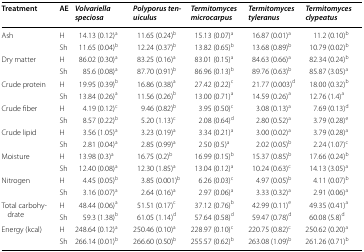
<table><thead><tr><td><b>Treatment</b></td><td><b>AE</b></td><td><b><i>Volvariella speciosa</i></b></td><td><b><i>Polyporus tenuiculus</i></b></td><td><b><i>Termitomyces microcarpus</i></b></td><td><b><i>Termitomyces tyleranus</i></b></td><td><b><i>Termitomyces clypeatus</i></b></td></tr></thead><tbody><tr><td rowspan="2">Ash</td><td>H</td><td>14.13 (0.12)<sup>a</sup></td><td>11.65 (0.24)<sup>b</sup></td><td>15.13 (0.07)<sup>a</sup></td><td>16.87 (0.01)<sup>a</sup></td><td>11.2 (0.10)<sup>b</sup></td></tr><tr><td>Sh</td><td>11.65 (0.04)<sup>b</sup></td><td>12.24 (0.37)<sup>b</sup></td><td>13.82 (0.65)<sup>b</sup></td><td>13.68 (0.89)<sup>b</sup></td><td>10.79 (0.02)<sup>b</sup></td></tr><tr><td rowspan="2">Dry matter</td><td>H</td><td>86.02 (0.30)<sup>a</sup></td><td>83.25 (0.16)<sup>a</sup></td><td>83.01 (0.15)<sup>a</sup></td><td>84.63 (0.66)<sup>a</sup></td><td>82.34 (0.24)<sup>b</sup></td></tr><tr><td>Sh</td><td>85.6 (0.08)<sup>a</sup></td><td>87.70 (0.91)<sup>b</sup></td><td>86.96 (0.13)<sup>b</sup></td><td>89.76 (0.63)<sup>b</sup></td><td>85.87 (3.05)<sup>a</sup></td></tr><tr><td rowspan="2">Crude protein</td><td>H</td><td>19.95 (0.39)<sup>b</sup></td><td>16.86 (0.38)<sup>a</sup></td><td>27.42 (0.22)<sup>c</sup></td><td>21.77 (0.003)<sup>d</sup></td><td>18.00 (0.32)<sup>b</sup></td></tr><tr><td>Sh</td><td>13.84 (0.26)<sup>a</sup></td><td>11.56 (0.26)<sup>b</sup></td><td>13.00 (0.71)<sup>a</sup></td><td>14.59 (0.26)<sup>a</sup></td><td>12.76 (1.4)<sup>a</sup></td></tr><tr><td rowspan="2">Crude fiber</td><td>H</td><td>4.19 (0.12)<sup>c</sup></td><td>9.46 (0.82)<sup>b</sup></td><td>3.95 (0.50)<sup>c</sup></td><td>3.08 (0.13)<sup>a</sup></td><td>7.69 (0.13)<sup>d</sup></td></tr><tr><td>Sh</td><td>8.57 (0.22)<sup>b</sup></td><td>5.20 (1.13)<sup>c</sup></td><td>2.08 (0.64)<sup>d</sup></td><td>2.80 (0.52)<sup>a</sup></td><td>3.79 (0.28)<sup>e</sup></td></tr><tr><td rowspan="2">Crude lipid</td><td>H</td><td>3.56 (1.05)<sup>a</sup></td><td>3.23 (0.19)<sup>a</sup></td><td>3.34 (0.21)<sup>a</sup></td><td>3.00 (0.02)<sup>a</sup></td><td>3.79 (0.28)<sup>a</sup></td></tr><tr><td>Sh</td><td>2.81 (0.04)<sup>a</sup></td><td>2.85 (0.99)<sup>a</sup></td><td>2.50 (0.5)<sup>a</sup></td><td>2.02 (0.05)<sup>b</sup></td><td>2.24 (1.07)<sup>c</sup></td></tr><tr><td rowspan="2">Moisture</td><td>H</td><td>13.98 (0.3)<sup>a</sup></td><td>16.75 (0.2)<sup>b</sup></td><td>16.99 (0.15)<sup>b</sup></td><td>15.37 (0.85)<sup>b</sup></td><td>17.66 (0.24)<sup>b</sup></td></tr><tr><td>Sh</td><td>12.40 (0.08)<sup>a</sup></td><td>12.30 (1.85)<sup>a</sup></td><td>13.04 (0.12)<sup>a</sup></td><td>10.24 (0.63)<sup>c</sup></td><td>14.13 (3.05)<sup>a</sup></td></tr><tr><td rowspan="2">Nitrogen</td><td>H</td><td>4.45 (0.05)<sup>b</sup></td><td>3.85 (0.001)<sup>b</sup></td><td>6.26 (0.03)<sup>c</sup></td><td>4.97 (0.05)<sup>b</sup></td><td>4.11 (0.07)<sup>b</sup></td></tr><tr><td>Sh</td><td>3.16 (0.07)<sup>a</sup></td><td>2.64 (0.16)<sup>a</sup></td><td>2.97 (0.06)<sup>a</sup></td><td>3.33 (0.32)<sup>a</sup></td><td>2.91 (0.06)<sup>a</sup></td></tr><tr><td rowspan="2">Total carbohydrate</td><td>H</td><td>48.44 (0.06)<sup>a</sup></td><td>51.51 (0.17)<sup>c</sup></td><td>37.12 (0.76)<sup>b</sup></td><td>42.99 (0.11)<sup>e</sup></td><td>49.35 (0.41)<sup>a</sup></td></tr><tr><td>Sh</td><td>59.3 (1.38)<sup>b</sup></td><td>61.05 (1.14)<sup>d</sup></td><td>57.64 (0.58)<sup>d</sup></td><td>59.47 (0.78)<sup>d</sup></td><td>60.08 (5.8)<sup>d</sup></td></tr><tr><td rowspan="2">Energy (kcal)</td><td>H</td><td>248.64 (0.12)<sup>a</sup></td><td>250.46 (0.10)<sup>a</sup></td><td>228.97 (0.10)<sup>c</sup></td><td>220.75 (0.82)<sup>c</sup></td><td>250.62 (0.20)<sup>a</sup></td></tr><tr><td>Sh</td><td>266.14 (0.01)<sup>b</sup></td><td>266.60 (0.50)<sup>b</sup></td><td>255.57 (0.62)<sup>b</sup></td><td>263.08 (1.09)<sup>b</sup></td><td>261.26 (0.71)<sup>b</sup></td></tr></tbody></table>